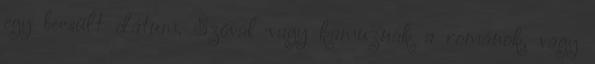
egy becsült dátum. Szóval vagy kamuznak a románok, vagy